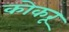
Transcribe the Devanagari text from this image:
कोकरू